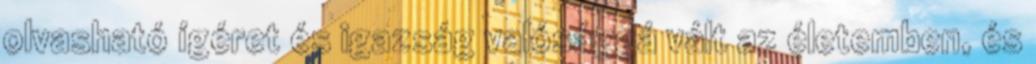
olvasható ígéret és igazság valósággá vált az életemben, és